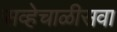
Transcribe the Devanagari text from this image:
सव्हेचाळीसवा